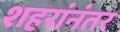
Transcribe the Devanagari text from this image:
शहरांनंतर